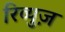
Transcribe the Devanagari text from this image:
रिव्युज़